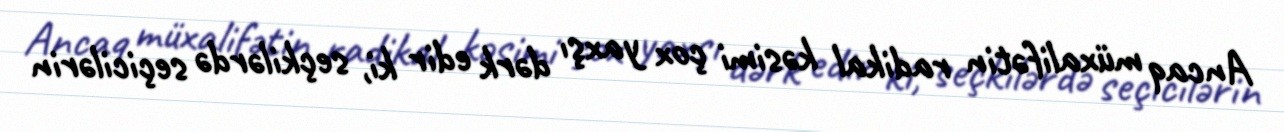
Ancaq müxalifətin radikal kəsimi çox yaxşı dərk edir ki, seçkilərdə seçicilərin